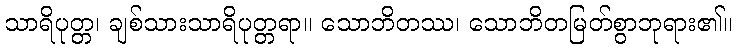
သာရိပုတ္တ၊ ချစ်သားသာရိပုတ္တရာ။ သောဘိတဿ၊ သောဘိတမြတ်စွာဘုရား၏။